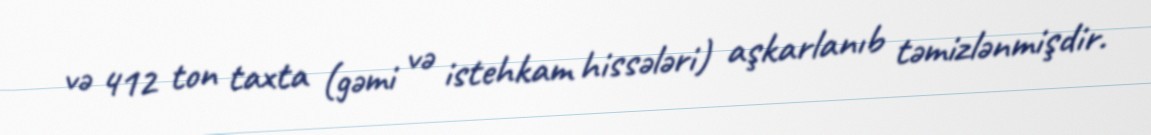
və 412 ton taxta (gəmi və istehkam hissələri) aşkarlanıb təmizlənmişdir.